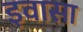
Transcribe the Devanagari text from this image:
इवासा